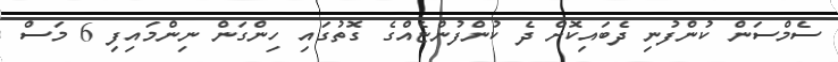
ސެމްސަން ކުންފުނި ދެބައިކޮށް ދެ ކުންފުންޏެއްގެ ގޮތުގައި ހިންގަން ނިންމައިފި 6 މަސް